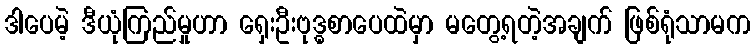
ဒါပေမဲ့ ဒီယုံကြည်မှုဟာ ရှေးဦးဗုဒ္ဓစာပေထဲမှာ မတွေ့ရတဲ့အချက် ဖြစ်ရုံသာမက